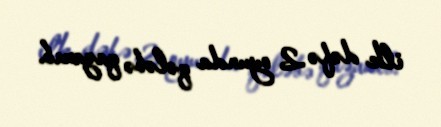
ilk dəfə 2 oyunda qələbə qazanıb.